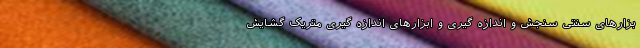
بزارهای سنتی سنجش و اندازه گیری و ابزارهای اندازه گیری متریک گشایش